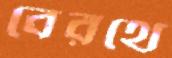
বেরথে